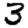
Digit: 3